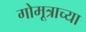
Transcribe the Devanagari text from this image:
गोमूत्राच्या